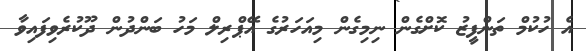
އެ ހުކުމް ތަންފީޒު ކޮށްގެން ނިމިގެން މިއަހަރުގެ އޭޕްރިލް މަހު ބަންދުން ދޫކުރެވިފައިވާ